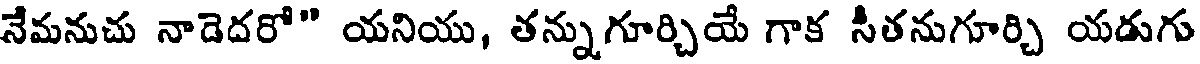
నేమనుచు నాడెదరో" యనియు, తన్నుగూర్చియే గాక సీతనుగూర్చి యడుగు